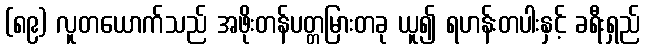
(၈၉) လူတယောက်သည် အဖိုးတန်ပတ္တမြားတခု ယူ၍ ရဟန်းတပါးနှင့် ခရီးရှည်